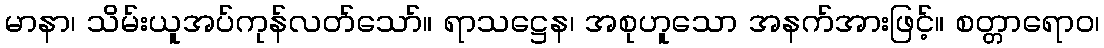
မာနာ၊ သိမ်းယူအပ်ကုန်လတ်သော်။ ရာသဋ္ဌေန၊ အစုဟူသော အနက်အားဖြင့်။ စတ္တာရောဝ၊